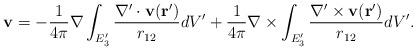
LaTeX: \begin{align*}\mathbf{v}=-\frac{1}{4\pi }\mathbf{\nabla }\int_{E_{3}^{\prime }}\frac{\mathbf{\nabla }^{\prime }\cdot \mathbf{v}(\mathbf{r}^{\prime })}{r_{12}}dV^{\prime }+\frac{1}{4\pi }\mathbf{\nabla }\times \int_{E_{3}^{\prime }}\frac{\mathbf{\nabla }^{\prime }\times \mathbf{v}(\mathbf{r}^{\prime })}{r_{12}}dV^{\prime }.\end{align*}